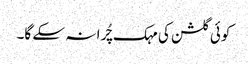
کوئی گلشن کی مہک چُرا نہ سکے گا۔